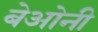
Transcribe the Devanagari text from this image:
बेओनी